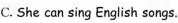
C.She can sing English songs.